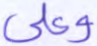
وعلى